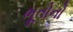
ભૂતોનો